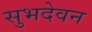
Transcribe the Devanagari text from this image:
सुभदेवन